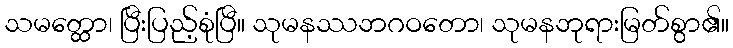
သမတ္ထော၊ ပြီးပြည့်စုံပြီ။ သုမနဿဘဂဝတော၊ သုမနဘုရားမြတ်စွာ၏။